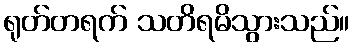
ရုတ်တရက် သတိရမိသွားသည်။